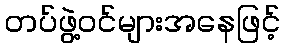
တပ်ဖွဲ့ဝင်များအနေဖြင့်